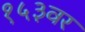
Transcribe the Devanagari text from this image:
१५३वर